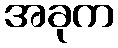
အခုက